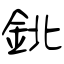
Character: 鉳